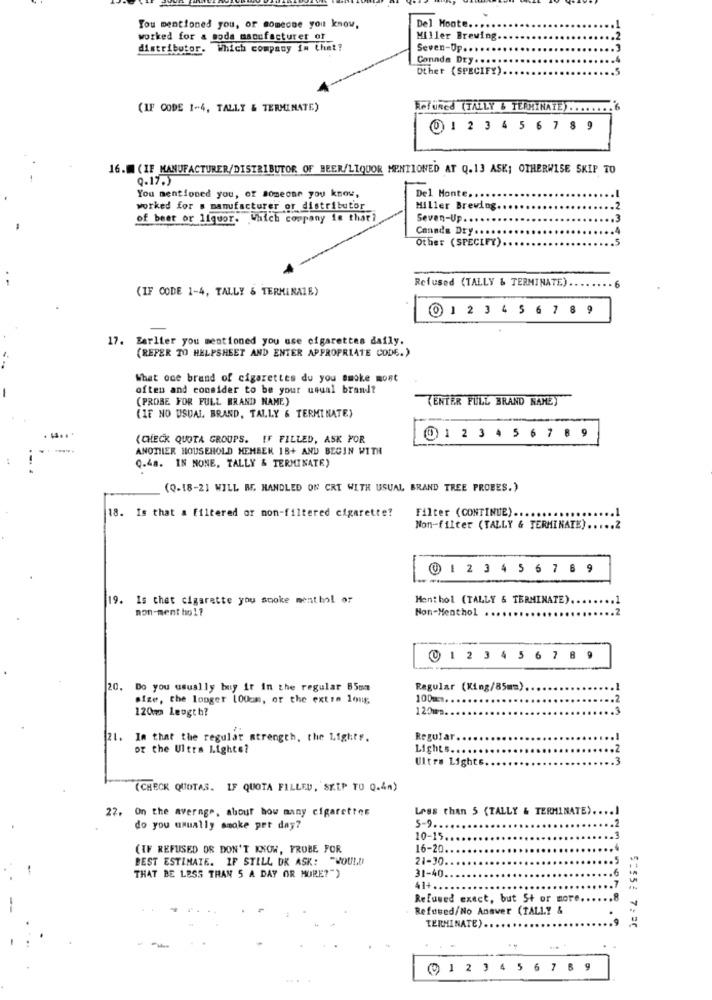
You mentioned you, or someone you know,
Del Monte ....
worked for a soda manufacturer of_
Miller Brewing.
distributor. Which company im Chet?
Seven-Up ...
Canada Dry ....
Other (SPECIFY)
(IF CODE 1-4, TALLY & TERMINATE)
Refünce (TALLY & TERMINATE) ........ 6
0123 4 5 6 7 8 9
16.W (IF MANUFACTURER/DISTRIBUTOR OF BEER/LIQUOR MENTIONED AT Q.13 ASK; OTHERWISE SKIP TO
Q.17.)
Del Monte ...
You mentioned you, or someone you know,
worked for s manufacturer of distributor
Miller Brewing.
of beer or liquor. Which company is that?
Seven-Up ...
Canada Dry ......
Other (SPECIFY)
Refused (TALLY & TERMINATE).
(IF CODE 1-4, TALLY & TERMINATE)
01234 5 6 7 89
17. Earlier you mentioned you use cigarettes daily.
(REFER TO HELPSHEET AND ENTER APPROPRIATE CODE.)
What one brand of cigarettes du you smoke most
often and consider to be your usual brandt
(PROBE FOR FULL BRAND NAME)
(ENTER FULL BRAND NAME)
(IF NO USUAL BRAND, TALLY & TERMINATE)
(CHECK QUOTA GROUPS. IF FILLED, ASK FOR
@12345 67 8 9
ANOTHER HOUSEHOLD HEMEEN 1B+ AND BEGIN WITH
Q.48. IN NONE, TALLY & TERMINATE)
(Q-18-21 WILL BE HANDLED ON CRT WITH USUAL BRAND TREE PROBES.)
Filter (CONTINUE).
18. Is that a filtered or non-filtered cigarette?
Non-filter (TALLY & TERMINATE) ..
@ 1 2 3 4 5 6 7 6 9
19. Is that cigarette you sooke menthol or
Menthol (TALLY & TERMINATE).
non-ment ho 11
Non-Menthol ..
0 1 2 3 4 5 6 7 8 9
Do you usually buy it in the regular 85mm
Regular (King/85mm).
size, the longer 100am, or the extra long
100m.
120mm leogt b?
120mm
,3
21. Im that the regular strength, the 1,1ghtr.
Regular ..
or the Ultra Lighte?
Lights ....
Ultra Lights
(CHECK QUOTAS. IF QUOTA FILLED, SKIP TO Q.4m)
22. On the average, shour how many cigarettes
Less than 5 (TALLY & TERMINATE) .....
do you usually smoke per day?
5-9 ..
10-15
(IF REFUSED OR DON'T KNOW, PROBE FOR
16-20
BEST ESTIMATE. IF STILL DK ASK: "WOULD
21-30.
31-40.
THAT BE LESS THAN 5 A DAY OR MORE?")
41+ ..
Refused exact, but St or more
Refused/No Answer (TALLY &
TERMINATE).
(9 1 2 3 4 5 6 7 8 9